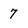
Character: 7